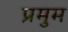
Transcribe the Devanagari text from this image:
प्रमुम